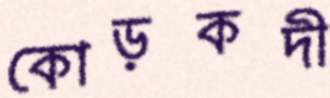
কোড়কদী